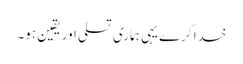
خدا کرے یہی ہماری تسلی اور یقین ہو۔